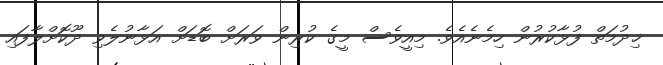
ޚިދުމަތް ފުޅާކުރުން ހިމެނެއެވެ. މިއީވެސް މީގެ ކުރިން ވަރަށް ބޮޑަށް އަޅާނުލެވި ދޫކޮށްލާފައި